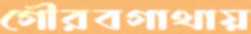
গৌরবগাথায়